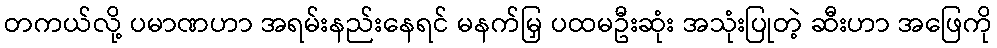
တကယ်လို့ ပမာဏဟာ အရမ်းနည်းနေရင် မနက်မြှ ပထမဦးဆုံး အသုံးပြုတဲ့ ဆီးဟာ အဖြေကို